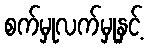
စက်မှုလက်မှုနှင့်